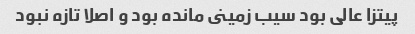
پیتزا عالی بود سیب زمینى مانده بود و اصلا تازه نبود